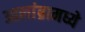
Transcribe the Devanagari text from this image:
आलांब्रामध्ये